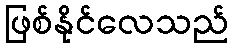
ဖြစ်နိုင်လေသည်